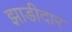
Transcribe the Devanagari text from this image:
झाडीदार